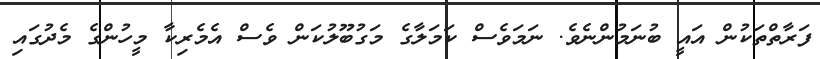
ފަރާތްތަކުން އައީ ބުނަމުންނެވެ. ނަމަވެސް ކަމަލާގެ މަގުބޫލުކަން ވެސް އެމެރިކާ މީހުންގެ މެދުގައި